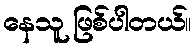
နေသူ ဖြစ်ပါတယ်။